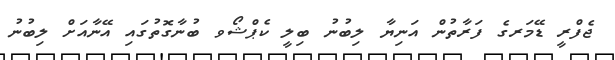
ޖެފްރީ ޑޭމަރގެ ފަރާތުން އަނިޔާ ލިބުނު ބިލީ ކެޕްޝޯވ ބުނާގޮތުގައި އޭނާއަށް ލިބުނު